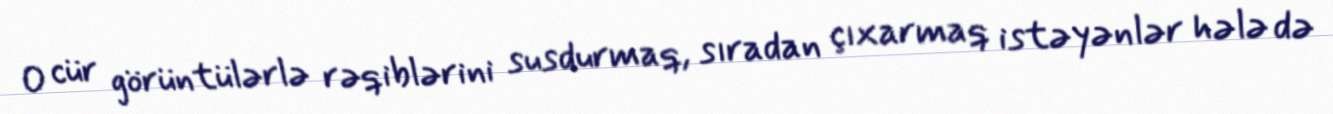
O cür görüntülərlə rəqiblərini susdurmaq, sıradan çıxarmaq istəyənlər hələ də